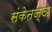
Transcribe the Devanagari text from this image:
संकेतज्ञ